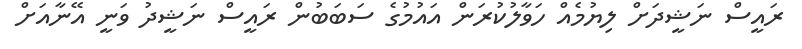
ރައީސް ނަޝީދަށް ލިޔުމެއް ހަވާލުކުރަން އައުމުގެ ސަބަބުން ރައީސް ނަޝީދު ވަނީ އޭނާއަށް